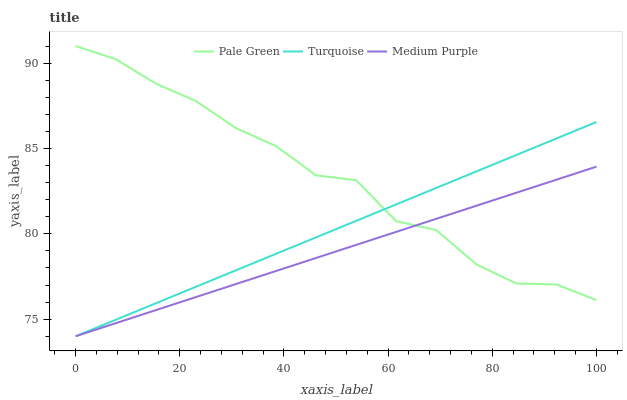
| xaxis_label | Pale Green | Turquoise | Medium Purple |
 | --- | --- | --- | --- |
 | 0 | 91 | 74 | 74 |
 | 7.69 | 90.2 | 75 | 74.8 |
 | 15.4 | 88.8 | 75.9 | 75.5 |
 | 23.1 | 87.8 | 76.9 | 76.3 |
 | 30.8 | 86.2 | 77.9 | 77.1 |
 | 38.5 | 85.1 | 78.8 | 77.8 |
 | 46.2 | 83.4 | 79.8 | 78.6 |
 | 53.8 | 83.1 | 80.8 | 79.3 |
 | 61.5 | 80.7 | 81.7 | 80.1 |
 | 69.2 | 80.2 | 82.7 | 80.9 |
 | 76.9 | 78.2 | 83.7 | 81.6 |
 | 84.6 | 77.1 | 84.6 | 82.4 |
 | 92.3 | 77 | 85.6 | 83.2 |
 | 100 | 76.1 | 86.5 | 83.9 |